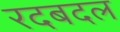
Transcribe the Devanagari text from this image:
रदबदल